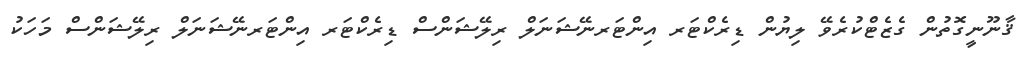
ޤާނޫނީގޮތުން ގެޒެޓްކުރެވޭ ލިޔުން ޑިރެކްޓަރ އިންޓަރނޭޝަނަލް ރިލޭޝަންސް ޑިރެކްޓަރ އިންޓަރނޭޝަނަލް ރިލޭޝަންސް މަހަކު